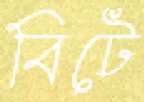
বিটে